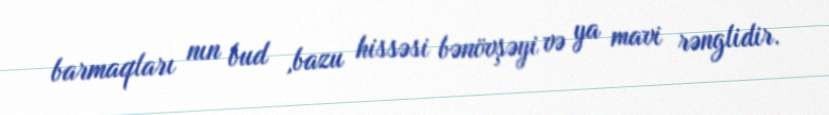
barmaqları nın bud ,bazu hissəsi bənövşəyi və ya mavi rənglidir.